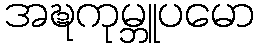
အဍ္ဎကုမ္ဘူပမော